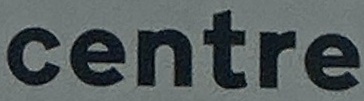
centre